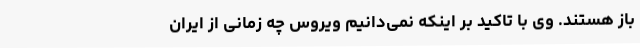
باز هستند. وی با تاکید بر اینکه نمی‌دانیم ویروس چه زمانی از ایران